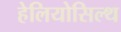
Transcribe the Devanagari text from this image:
हेलियोसिल्थ